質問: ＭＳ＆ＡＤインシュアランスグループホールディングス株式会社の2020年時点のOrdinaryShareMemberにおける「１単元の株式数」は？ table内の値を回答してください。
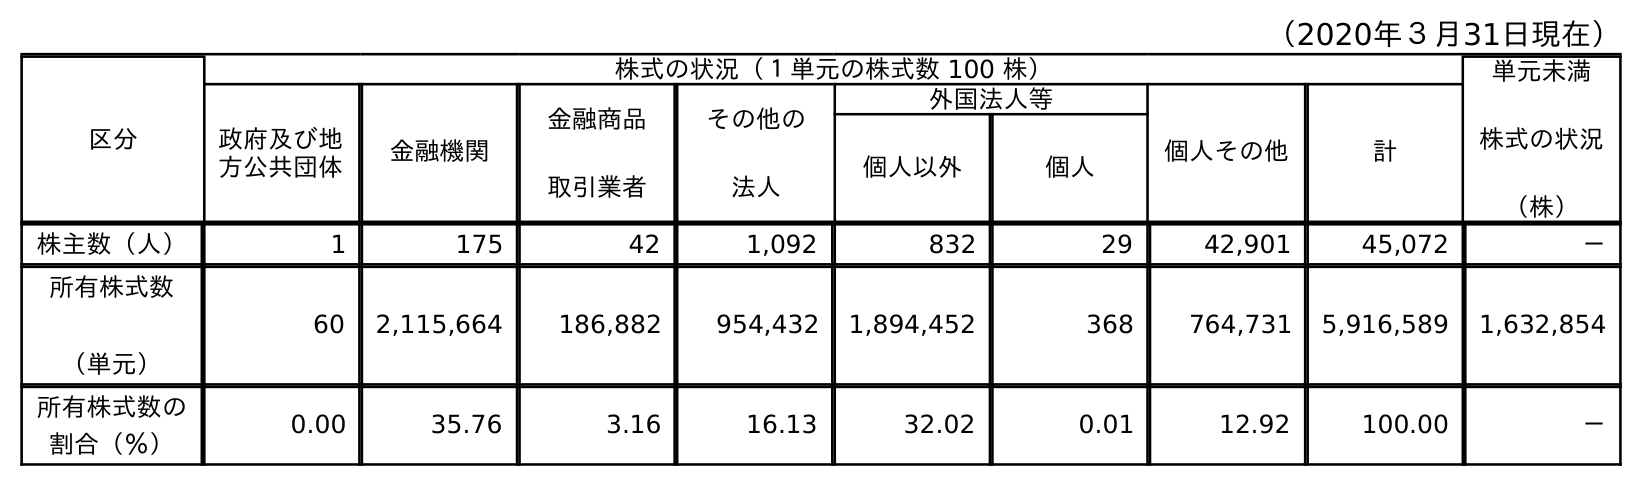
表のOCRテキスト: （2020年３月31日現在） 区分 株式の状況（１単元の株式数 100 株） 単元未満 株式の状況 （株） 政府及び地 方公共団体 金融機関 金融商品 取引業者 その他の 法人 外国法人等 個人その他 計 個人以外 個人 株主数（人） 1 175 42 1,092 832 29 42,901 45,072 － 所有株式数 （単元） 60 2,115,664 186,882 954,432 1,894,452 368 764,731 5,916,589 1,632,854 所有株式数の 割合（％） 0.00 35.76 3.16 16.13 32.02 0.01 12.92 100.00 －
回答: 株式の状況（１単元の株式数100株）